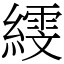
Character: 𦅙